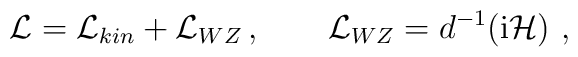
{\cal L}={\cal L}_{kin}+{\cal L}_{WZ}\,, \qquad{\cal L}_{WZ} = d^{-1}( {\rm i}{\cal H})    \ ,